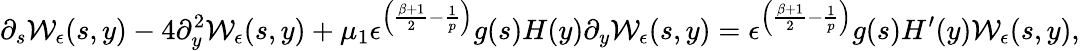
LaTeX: \partial_{s}\mathcal{W}_{\epsilon}(s,y)-4\partial_{y}^{2}\mathcal{W}_{\epsilon}(s,y)+\mu_{1}\epsilon^{\left(\frac{\beta+1}{2}-\frac{1}{p}\right)}g(s)H(y)\partial_{y}\mathcal{W}_{\epsilon}(s,y)=\epsilon^{\left(\frac{\beta+1}{2}-\frac{1}{p}\right)}g(s)H^{\prime}(y)\mathcal{W}_{\epsilon}(s,y),